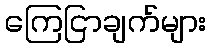
ကြေငြာချက်များ